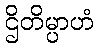
ဌိတိမ္ပာဟံ